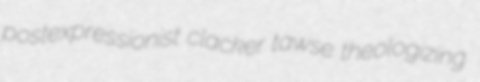
postexpressionist clacker tawse theologizing